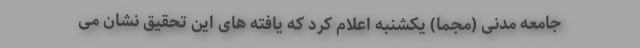
جامعه مدنی (مجما) یکشنبه اعلام کرد که یافته های این تحقیق نشان می